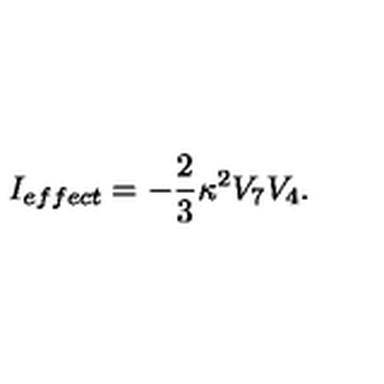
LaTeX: I _ { e f f e c t } = - \frac { 2 } { 3 } \kappa ^ { 2 } V _ { 7 } V _ { 4 } .